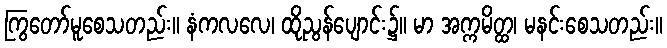
ကြွတော်မူစေသတည်း။ နံကလလေ၊ ထိုညွန်ပျောင်း၌။ မာ အက္ကမိတ္ထ၊ မနင်းစေသတည်း။